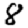
Digit: 8